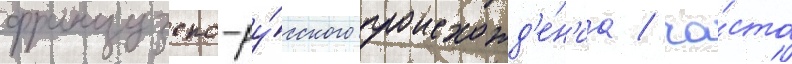
французско-ру́сского происхожд'е́н'иа / ча́сто